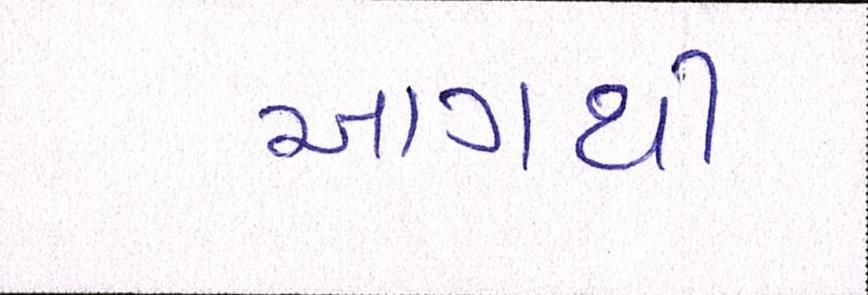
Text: આગથી